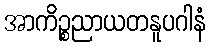
အာကိဉ္စညာယတနူပဂါနံ